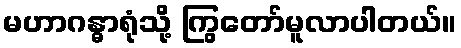
မဟာဂန္ဓာရုံသို့ ကြွတော်မူလာပါတယ်။